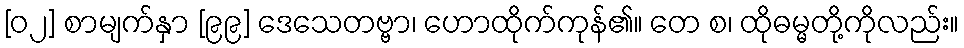
[၀၂] စာမျက်နှာ [၉၉] ဒေသေတဗ္ဗာ၊ ဟောထိုက်ကုန်၏။ တေ စ၊ ထိုဓမ္မတို့ကိုလည်း။